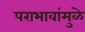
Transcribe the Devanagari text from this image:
पराभावांमुळे